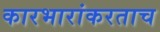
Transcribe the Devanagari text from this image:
कारभारांकरताच